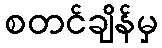
စတင်ချိန်မှ